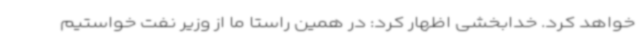
خواهد کرد. خدابخشی اظهار کرد: در همین راستا ما از وزیر نفت خواستیم